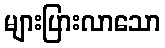
များပြားလာသော